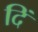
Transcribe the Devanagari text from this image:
दिं